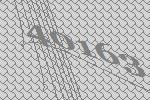
40163